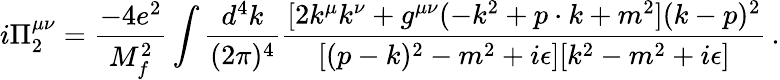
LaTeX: i\Pi_{2}^{\mu\nu}=\frac{-4e^{2}}{M_{f}^{2}}\int\frac{d^{4}k}{(2\pi)^{4}}\frac{[2k^{\mu}k^{\nu}+g^{\mu\nu}(-k^{2}+p\cdot k+m^{2}](k-p)^{2}}{[(p-k)^{2}-m^{2}+i\epsilon][k^{2}-m^{2}+i\epsilon]}\, .